Lunatic asylums Punjab 1868-1880 - 1868-1880
Year: 1868
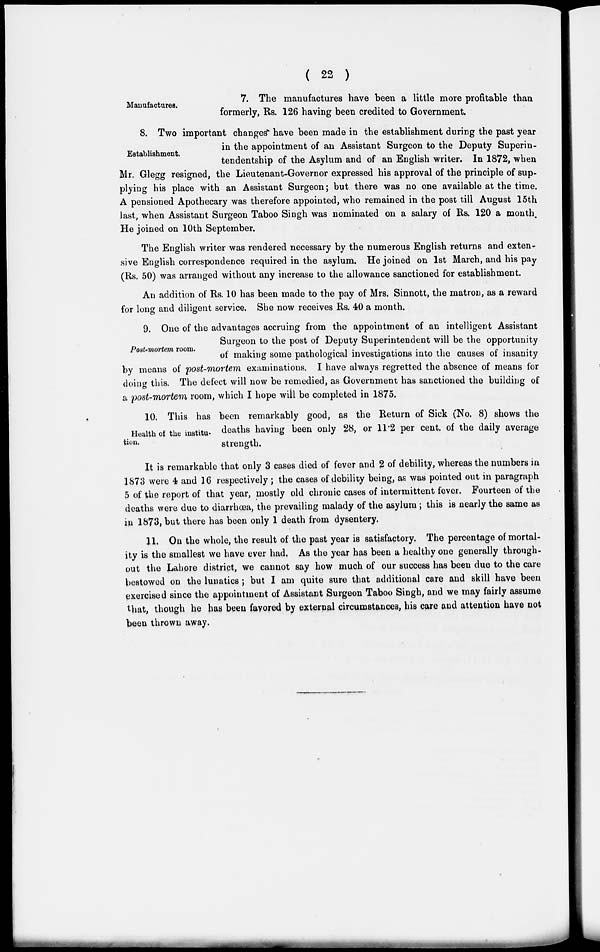
( 22 )
Manufactures.
7. The manufactures have been a little more profitable than
formerly, Rs. 126 having been credited to Government.
Establishment.
8. Two important changes have been made in the establishment during the past year
in the appointment of an Assistant Surgeon to the Deputy Superin-
tendentship of the Asylum and of an English writer. In 1872, when
Mr. Glegg resigned, the Lieutenant-Governor expressed his approval of the principle of sup-
plying his place with an Assistant Surgeon; but there was no one available at the time.
A pensioned Apothecary was therefore appointed, who remained in the post till August 15th
last, when Assistant Surgeon Taboo Singh was nominated on a salary of Rs. 120 a month.
He joined on 10th September.
The English writer was rendered necessary by the numerous English returns and exten-
sive English correspondence required in the asylum. He joined on 1st March, and his pay
(Rs. 50) was arranged without any increase to the allowance sanctioned for establishment.
An addition of Rs. 10 has been made to the pay of Mrs. Sinnott, the matron, as a reward
for long and diligent service. She now receives Rs. 40 a month.
Post-mortem room.
9. One of the advantages accruing from the appointment of an intelligent Assistant
Surgeon to the post of Deputy Superintendent will be the opportunity
of making some pathological investigations into the causes of insanity
by means of post-mortem examinations. I have always regretted the absence of means for
doing this. The defect will now be remedied, as Government has sanctioned the building of
a post-mortem room, which I hope will be completed in 1875.
Health of the institu-
tion.
10. This has been remarkably good, as the Return of Sick (No. 8) shows the
deaths having been only 28, or 11.2 per cent. of the daily average
strength.
It is remarkable that only 3 cases died of fever and 2 of debility, whereas the numbers in
1873 were 4 and 16 respectively ; the cases of debility being, as was pointed out in paragraph
5 of the report of that year, mostly old chronic cases of intermittent fever. Fourteen of the
deaths were due to diarrhœa, the prevailing malady of the asylum ; this is nearly the same as
in 1873, but there has been only 1 death from dysentery.
11. On the whole, the result of the past year is satisfactory. The percentage of mortal-
ity is the smallest we have ever had. As the year has been a healthy one generally through-
out the Lahore district, we cannot say how much of our success has been due to the care
bestowed on the lunatics ; but I am quite sure that additional care and skill have been
exercised since the appointment of Assistant Surgeon Taboo Singh, and we may fairly assume
that, though he has been favored by external circumstances, his care and attention have not
been thrown away.